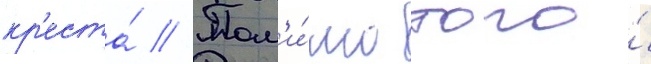
кр'еста́ // Пом'и́мо того́